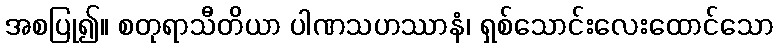
အစပြု၍။ စတုရာသီတိယာ ပါဏသဟဿာနံ၊ ရှစ်သောင်းလေးထောင်သော